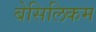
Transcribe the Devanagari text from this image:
बेसिलिकम